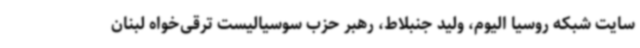
سایت شبکه روسیا الیوم، ولید جنبلاط، رهبر حزب سوسیالیست ترقی‌خواه لبنان